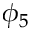
\phi _ { 5 }